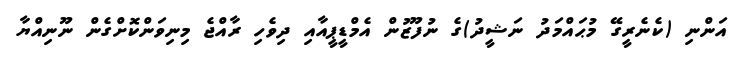
އަންނި (ކެނެރީގޭ މުޙައްމަދު ނަޝީދު)ގެ ނުފޫޒުން އެމްޑީޕީއާއި ދިވެހި ރާއްޖެ މިނިވަންކޮށްގެން ނޫނިއްޔާ